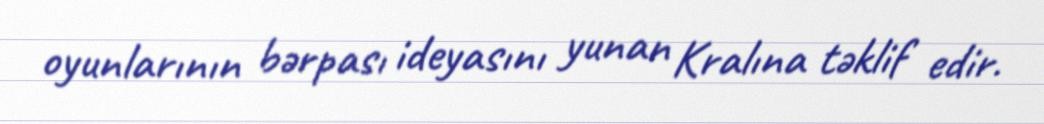
oyunlarının bərpası ideyasını yunan Kralına təklif edir.